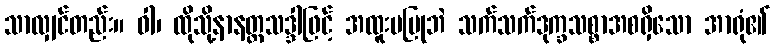
သာလျှင်တည်း။ ဝါ၊ ထိုသို့နာနတ္တသဒ္ဒါဖြင့် အထူးမပြုဘဲ သက်သက်ဒုက္ခသစ္စာအစရှိသော အာရုံ၏